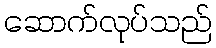
ဆောက်လုပ်သည်